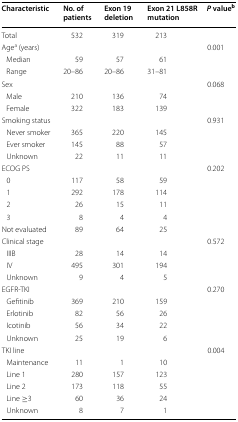
<table><thead><tr><td><b>Characteristic</b></td><td><b>No. of patients</b></td><td><b>Exon 19 deletion</b></td><td><b>Exon 21 L858R mutation</b></td><td><b><i>P</i> value<sup>b</sup></b></td></tr></thead><tbody><tr><td>Total</td><td>532</td><td>319</td><td>213</td><td></td></tr><tr><td>Age<sup>a</sup> (years)</td><td></td><td></td><td></td><td>0.001</td></tr><tr><td> Median</td><td>59</td><td>57</td><td>61</td><td></td></tr><tr><td> Range</td><td>20–86</td><td>20–86</td><td>31–81</td><td></td></tr><tr><td>Sex</td><td></td><td></td><td></td><td>0.068</td></tr><tr><td> Male</td><td>210</td><td>136</td><td>74</td><td></td></tr><tr><td> Female</td><td>322</td><td>183</td><td>139</td><td></td></tr><tr><td>Smoking status</td><td></td><td></td><td></td><td>0.931</td></tr><tr><td> Never smoker</td><td>365</td><td>220</td><td>145</td><td></td></tr><tr><td> Ever smoker</td><td>145</td><td>88</td><td>57</td><td></td></tr><tr><td> Unknown</td><td>22</td><td>11</td><td>11</td><td></td></tr><tr><td>ECOG PS</td><td></td><td></td><td></td><td>0.202</td></tr><tr><td> 0</td><td>117</td><td>58</td><td>59</td><td></td></tr><tr><td> 1</td><td>292</td><td>178</td><td>114</td><td></td></tr><tr><td> 2</td><td>26</td><td>15</td><td>11</td><td></td></tr><tr><td> 3</td><td>8</td><td>4</td><td>4</td><td></td></tr><tr><td>Not evaluated</td><td>89</td><td>64</td><td>25</td><td></td></tr><tr><td>Clinical stage</td><td></td><td></td><td></td><td>0.572</td></tr><tr><td> IIIB</td><td>28</td><td>14</td><td>14</td><td></td></tr><tr><td> IV</td><td>495</td><td>301</td><td>194</td><td></td></tr><tr><td> Unknown</td><td>9</td><td>4</td><td>5</td><td></td></tr><tr><td>EGFR-TKI</td><td></td><td></td><td></td><td>0.270</td></tr><tr><td> Gefitinib</td><td>369</td><td>210</td><td>159</td><td></td></tr><tr><td> Erlotinib</td><td>82</td><td>56</td><td>26</td><td></td></tr><tr><td> Icotinib</td><td>56</td><td>34</td><td>22</td><td></td></tr><tr><td> Unknown</td><td>25</td><td>19</td><td>6</td><td></td></tr><tr><td>TKI line</td><td></td><td></td><td></td><td>0.004</td></tr><tr><td> Maintenance</td><td>11</td><td>1</td><td>10</td><td></td></tr><tr><td> Line 1</td><td>280</td><td>157</td><td>123</td><td></td></tr><tr><td> Line 2</td><td>173</td><td>118</td><td>55</td><td></td></tr><tr><td> Line ≥3</td><td>60</td><td>36</td><td>24</td><td></td></tr><tr><td> Unknown</td><td>8</td><td>7</td><td>1</td><td></td></tr></tbody></table>